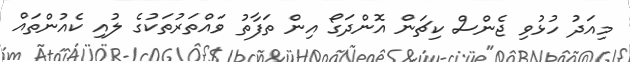
މިއަދު ހުޅުވި ޖެންސް ކިޗަން އޮންދަގޯ އިން ތަފާތު ވައްތަރުތަކުގެ ލުއި ކެއުންތައް